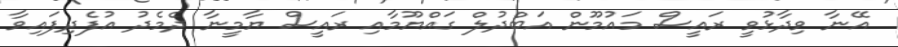
އޭނާ ވިދާޅުވީ ރައީސް މައުމޫން އަބްދުލް ގައްޔޫމާއި ރައީސް ޔާމީނާ ދެމެދު އުފެދިފައިވާ